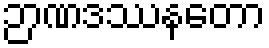
ဉာဏဒဿနတော